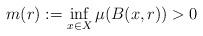
LaTeX: \begin{align*}m(r):=\inf_{x\in X} \mu(B(x,r)) >0\end{align*}